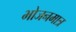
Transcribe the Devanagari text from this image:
भोजनमात्र